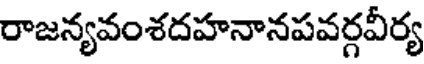
రాజన్యవంశదహనానపవర్గవీర్య